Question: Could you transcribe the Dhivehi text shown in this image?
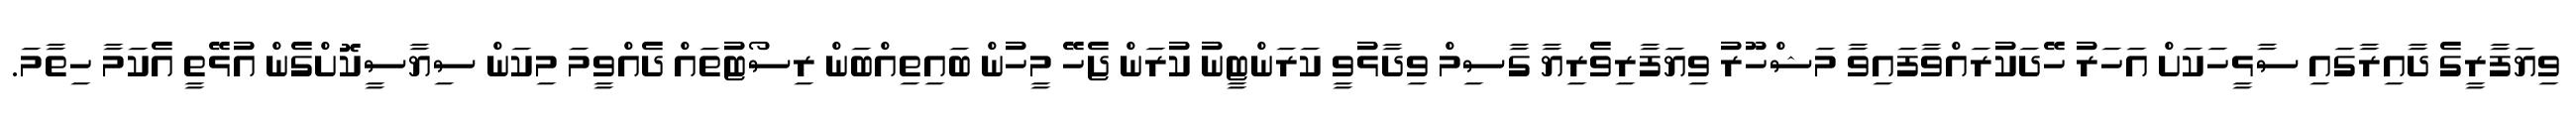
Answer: ވިޔަފާރީގެ ދާއިރާގައި ސާޅީހަކަށް އަހަރު ހޭދަކުރައްވާފައިވާ މަޝްހޫރު ވިޔަފާރިވެރިޔާ ގާސިމް ވިދާޅުވީ ކަރަންޓީނު ކުރަން ޖެހޭ މީހުން ބައިތިއްބަން ރިސޯޓުތައް ދެއްވީމަ މިކަން ސިޔާސީކޮށްގެން އުޅޭތީ އެކަމާ ހިތާމަ.